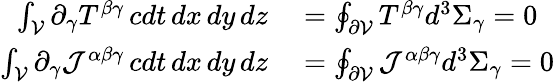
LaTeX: \begin{array}{rl}{\int_{\mathcal{V}}\partial_{\gamma}T^{\beta\gamma}\, cdt\, dx\, dy\, dz}&{{}=\oint_{\partial{\mathcal{V}}}T^{\beta\gamma}d^{3}\Sigma_{\gamma}=0}\\ {\int_{\mathcal{V}}\partial_{\gamma}{\mathcal{J}}^{\alpha\beta\gamma}\, cdt\, dx\, dy\, dz}&{{}=\oint_{\partial{\mathcal{V}}}{\mathcal{J}}^{\alpha\beta\gamma}d^{3}\Sigma_{\gamma}=0}\end{array}